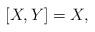
LaTeX: \begin{align*}[X, Y]=X,\end{align*}